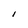
Character: l